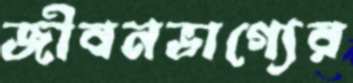
জীবনভাগ্যের